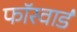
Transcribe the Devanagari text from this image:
फॉरवार्ड